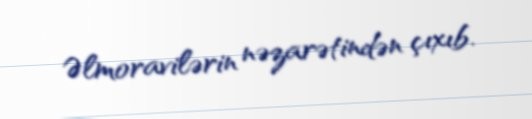
Əlmoravilərin nəzarətindən çıxıb.